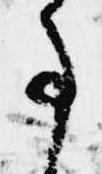
事